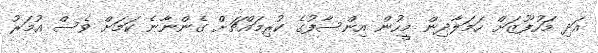
އަދި މަހުފޫޒަށް ހަމަލާދިން މީހުން އިންސާފުގެ ކުރިމައްޗަށް ގެންނާނެ ކަމަށް ވެސް އުމަރު